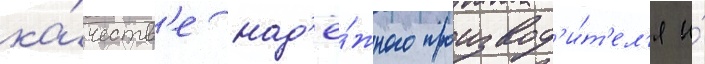
ка́честв'е над'ё́жного производ'и́т'ел'я и́